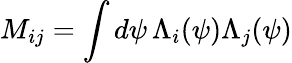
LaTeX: M_{ij}=\int d\psi\, \Lambda_{i}(\psi)\Lambda_{j}(\psi)